Bréfritari: Soffía Daníelsdóttir
Viðtakandi: Jakobína Magnúsdóttir og Daníel Halldórsson
Dagsetning: A-1888-02-29
Skrifað á: Reykjavík  Gull.
Soffía var dóttir Jakobínu og Daníels

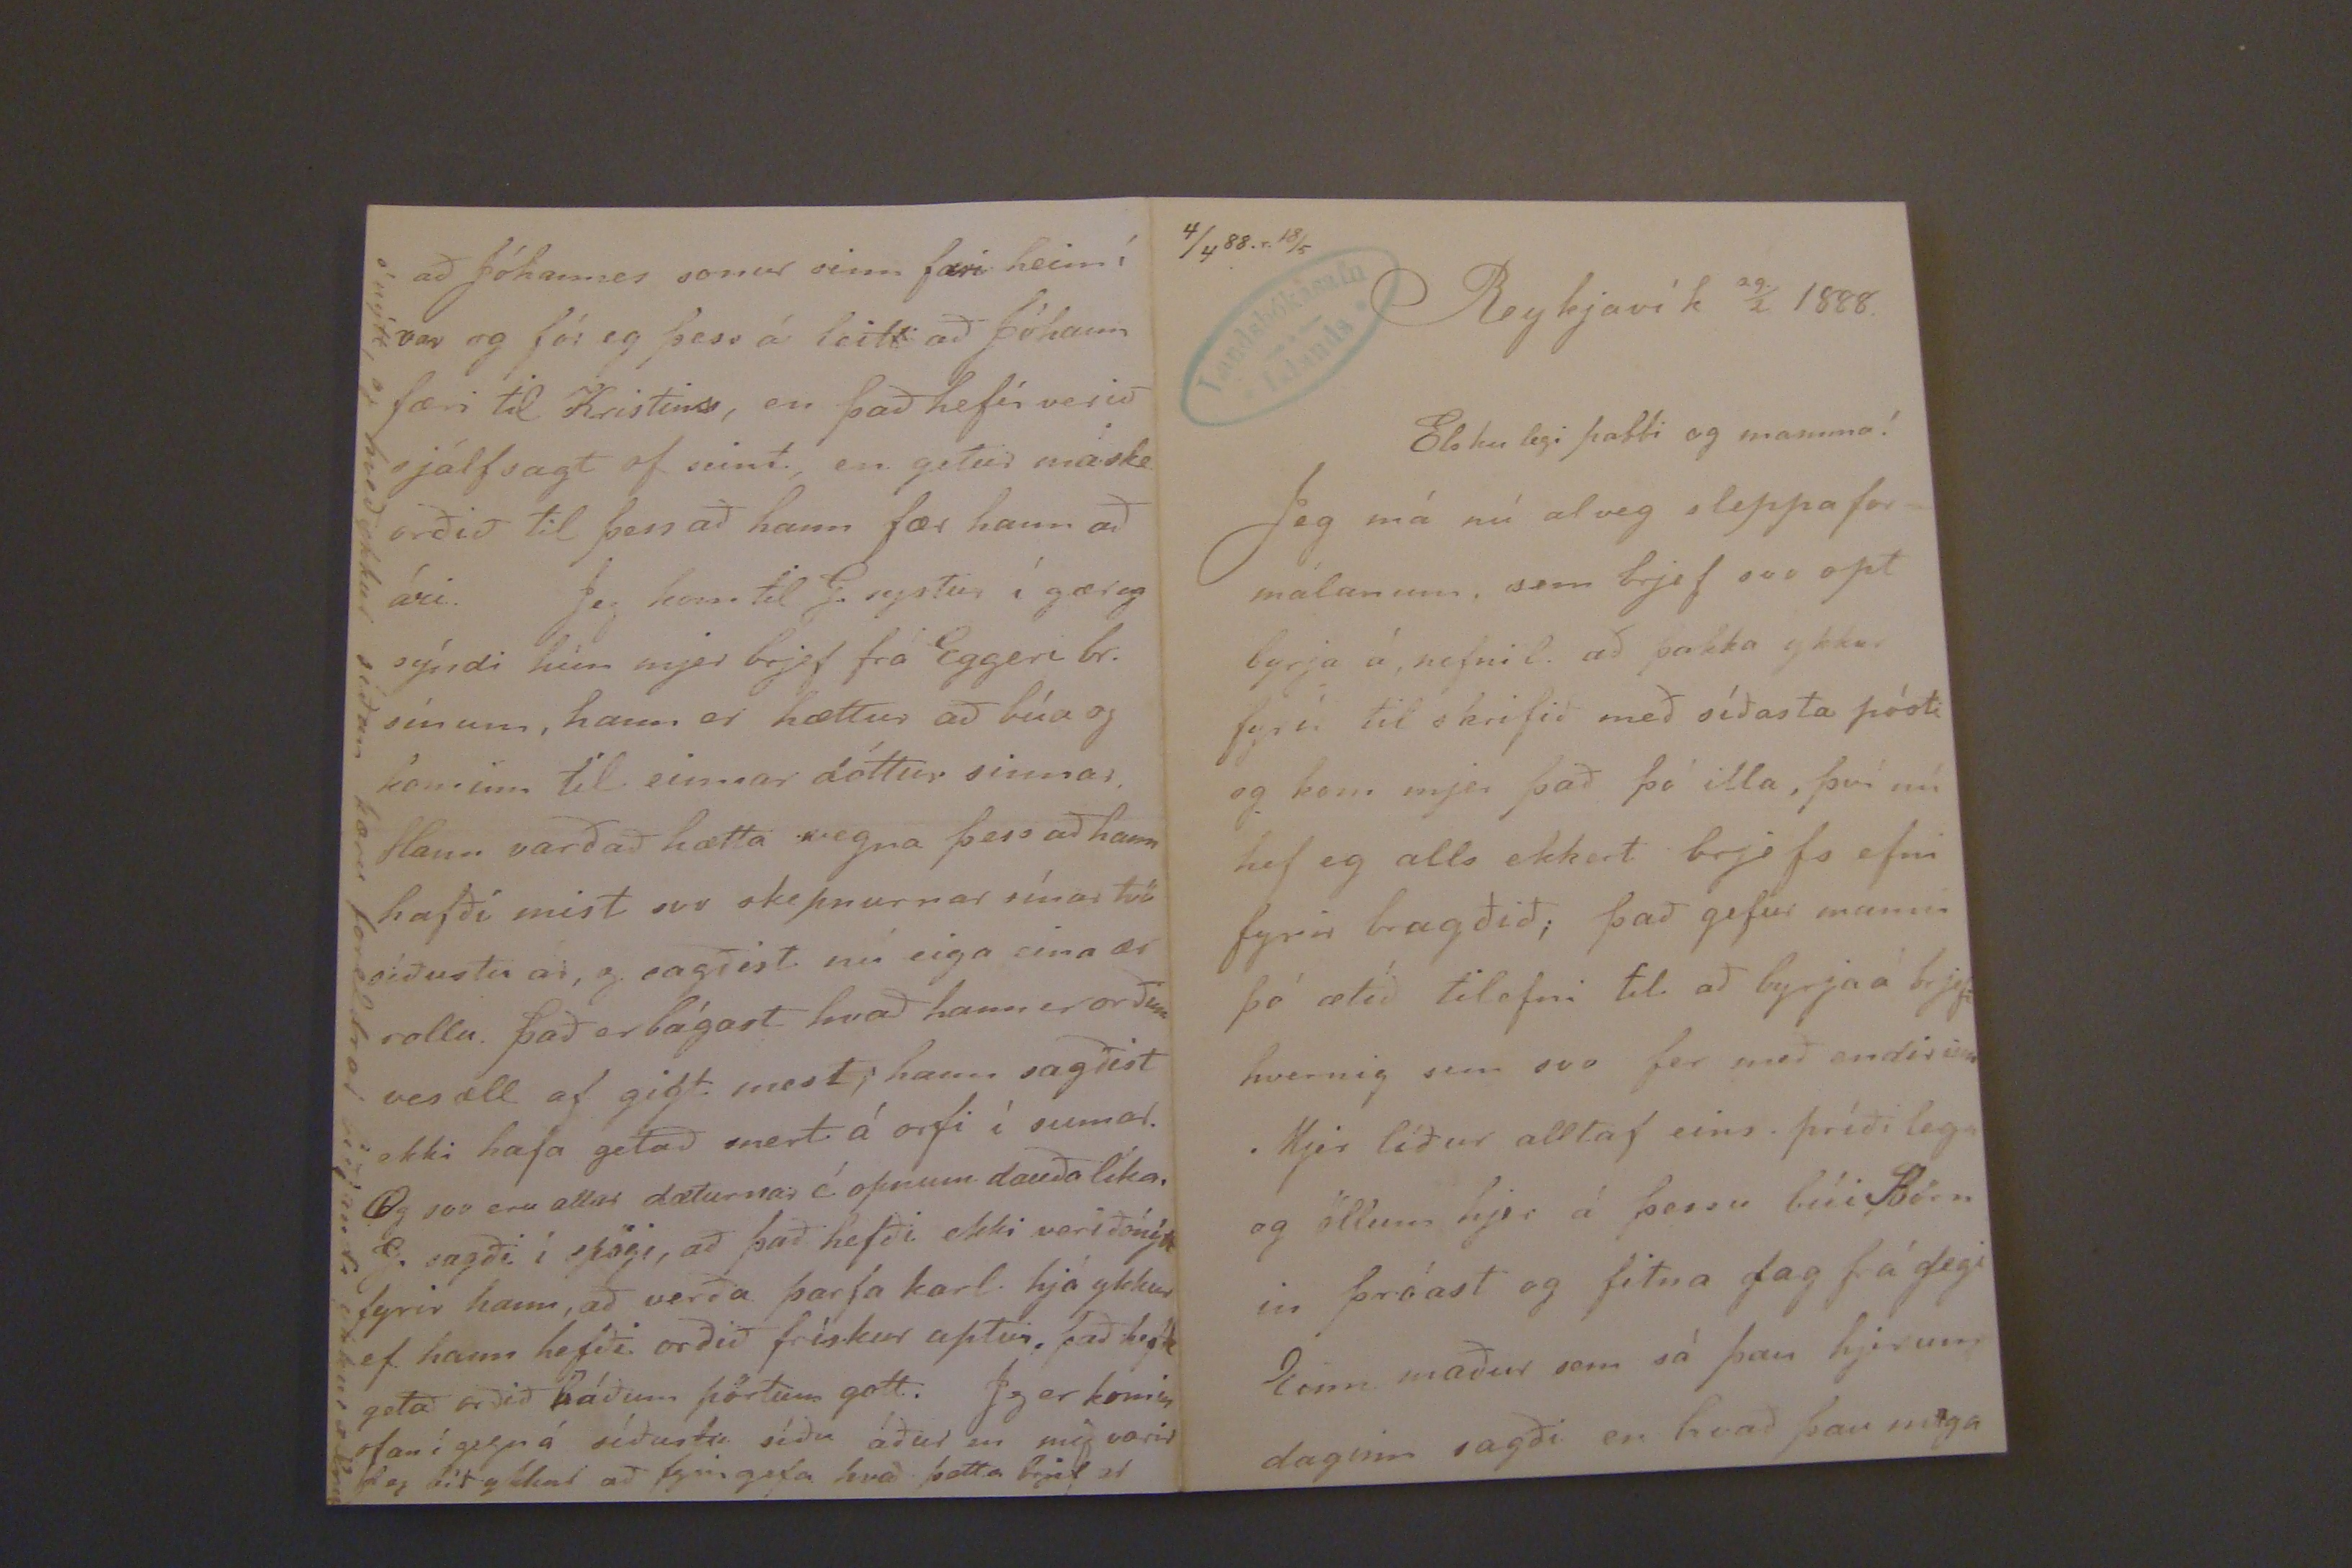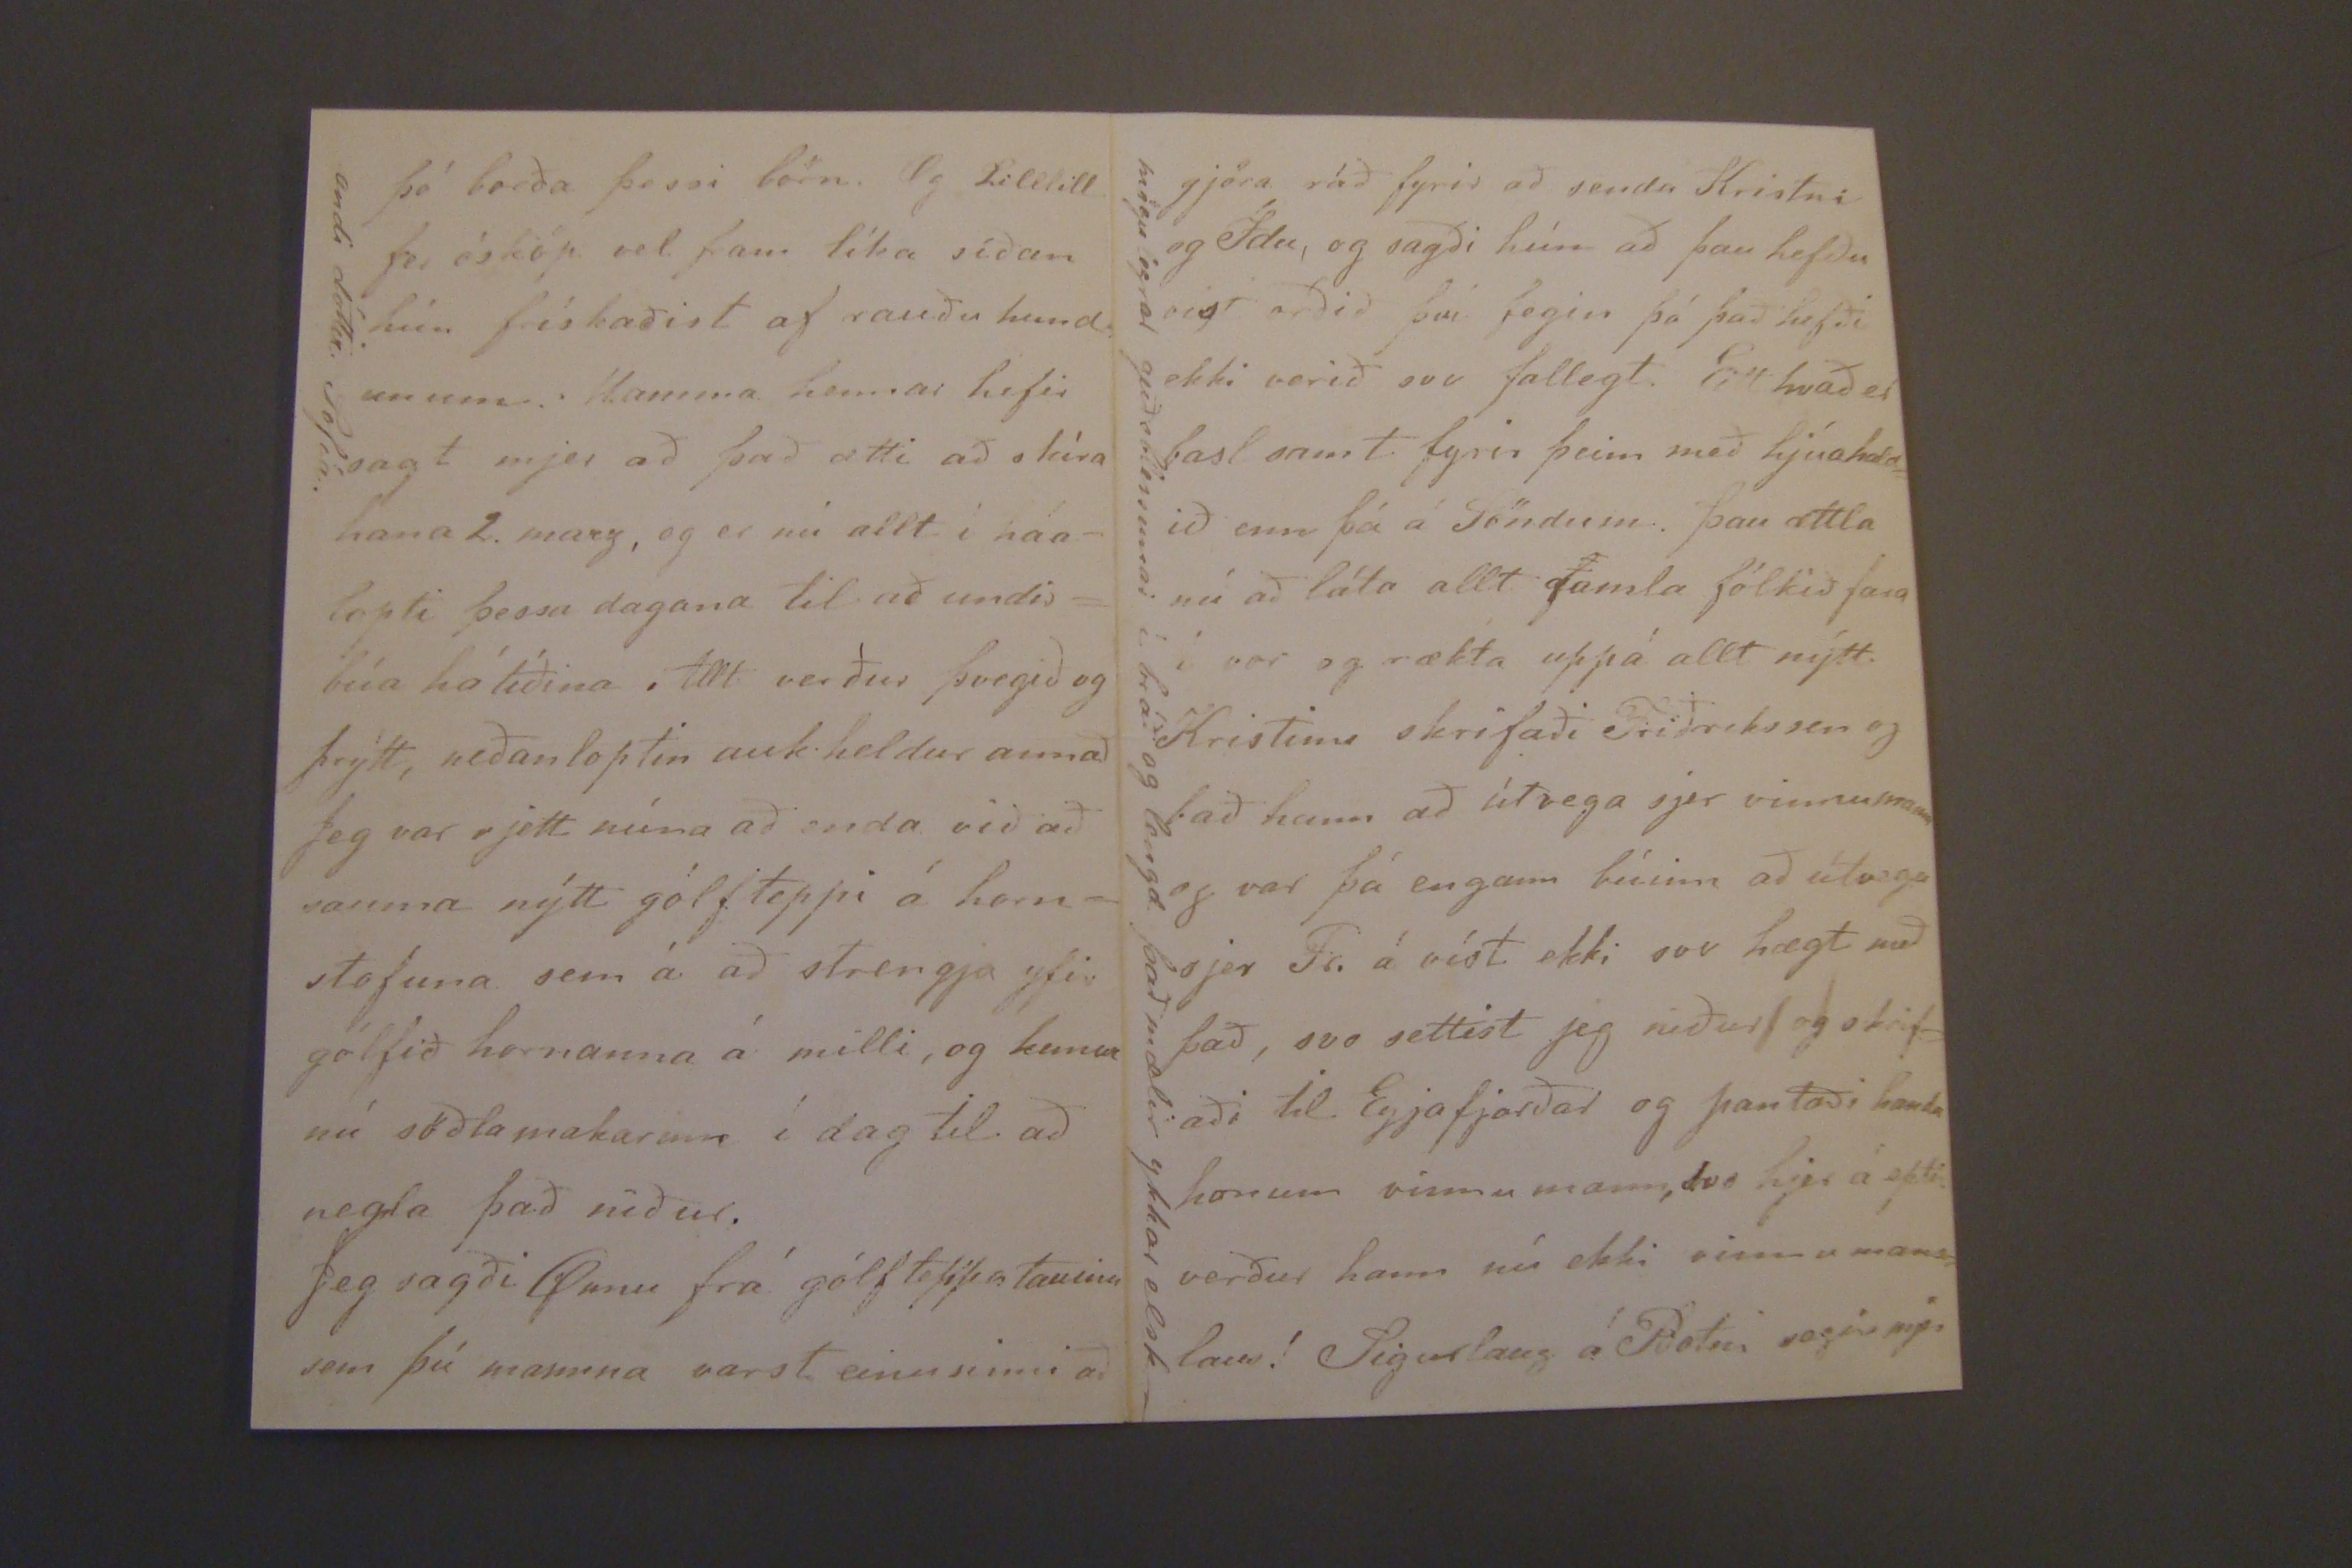

4/4 88. r. 18/5
Reykjavík 29/2 1888.
Elskulegi pabbi og mamma!
Jeg má nú alveg sleppa formálanum, sem brjef svo opt byrja á, nefnil. að þakka ykkur fyrir til skrifið með síðasta pósti og kom mer það þó illa, því nú hef eg alls ekkert brjefs efni fyrir bragðið; það gefur manni þó ætíð tilefni til að byrja brjef; hvernig sem svo fer með endirinn. Mjer líður alltaf eins príðilega og öllum hjer á þessu búi Börn in þróast og fitna dag frá degi Einn maður sem sá þau herum daginn sagði en hvað þau mega
þá borða þessi börn. Og Lilllill fer ósköp vel fram líka síðan hún frískaðist af rauðu hund unum. Mamma hennar hefir sagt mjer að það ætti að skíra hana 2. marz, og er nú allt í háalopti þessa dagana til að undirbúa hátíðina. Allt verður þvegið og þeytt, neðanloptin auk heldur annað Jeg var rjett núna að senda við að sauma nýtt gólfteppi á hornstofuna sem á að strengja yfir gólfið hornanna á milli, og kunna nú söðlamakarinn í dag til að negla það niður.
Jeg sagði
Gunu
frá gólf teppa tauinu sem þú mamma varst einu sinni að
andi dóttir Sofía.
að Jóhannes sonur sinn færi heim í vor og fór eg þess á leitt að þó hann færi til Kristins, en það hefír verið sálfsagt of seint, en getur máske orðið til þess að hann fær hann að ári. Jeg kom til G. systur í gær og sýndi hún mjer brjef frá Eggeri br. sínum, hann er hættur að búa og kominn til einnar dóttur sinnar. Hann varðað hætta vegna þess að hann hafði mist svo skepnurnar sínar tvö síðustu ar, og sagðist nú eiga eina ær rollu. það er bágast hvað hann er orðinn vesæll af gigt mest; hann sagðist ekki hafa getað snert á orfi í sumar. Og svo eru allar dæturnar í opnum dauða líka, G. sagði í spögi, að það hefði ekki verið nýtt fyirr hann, að verða þarfa karl. hjá ykkur ef hann hefði orðið frískur aptur, það hefði getað orðið báðum pörtum gott. Jeg er komin ofan í gegn á siðustu síðu áður en mig varið og tíð og skal að fyrirgefa hvað þetta brjef er
ó nýtt, og hveð ykkur síðan kæru foreldrar biðjandi ykkkur
alra